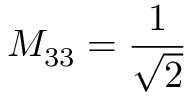
M _ { 3 3 } = \frac { 1 } { \sqrt { 2 } }